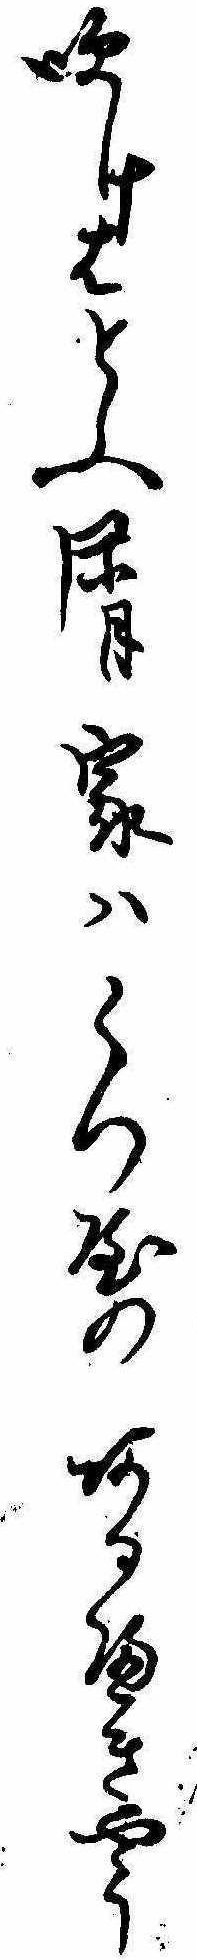
吹けはとふ屑家はくつ屋のあるへきやう